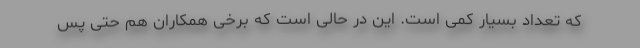
که تعداد بسیار کمی است. این در حالی است که برخی همکاران هم حتی پس